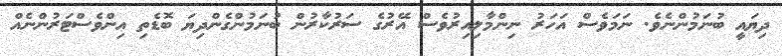
ދިޔައީ ބުނަމުންނެވެ. ނަމަވެސް އަހަރު ނިންމާލިއިރުވެސް އޭރުގެ ސަރުކާރުން ބުނަމުންގެންދިޔަ ބޮޑެތި އިންވެސްޓަރުންނެއް